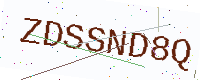
Text: ZDSSND8Q